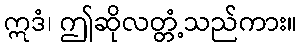
ဣဒံ၊ ဤဆိုလတ္တံ့သည်ကား။